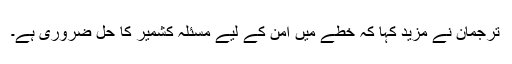
ترجمان نے مزید کہا کہ خطے میں امن کے لیے مسئلہ کشمیر کا حل ضروری ہے۔